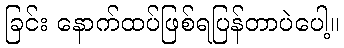
ခြင်း နောက်ထပ်ဖြစ်ရပြန်တာပဲပေါ့။